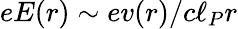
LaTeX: eE(r)\sim ev(r)/c\ell_{P}r